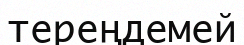
тереңдемей